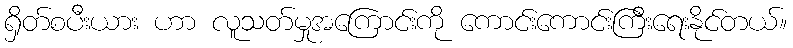
ရှိတ်စပီးယား ဟာ လူသတ်မှုအကြောင်းကို ကောင်းကောင်းကြီးရေးနိုင်တယ်။